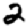
Digit: 2